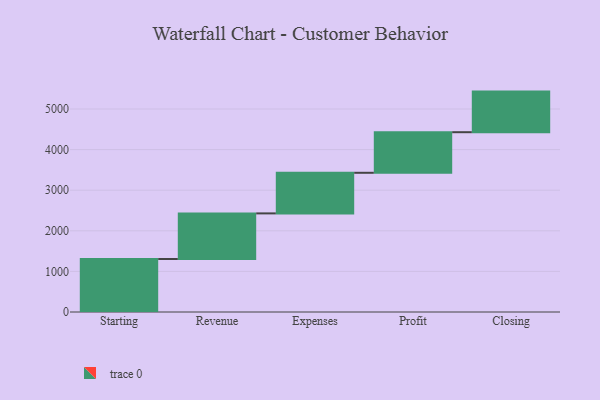
{"axis": {"x": "Step", "y": "Value"}, "legend": [""], "data": [{"x": "Starting", "y": 1305.0, "type": ""}, {"x": "Revenue", "y": 1124.0, "type": ""}, {"x": "Expenses", "y": 1000, "type": ""}, {"x": "Profit", "y": 1000, "type": ""}, {"x": "Closing", "y": 1000, "type": ""}]}